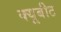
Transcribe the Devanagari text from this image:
क्यूबीट